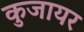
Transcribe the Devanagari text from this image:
कुजायर